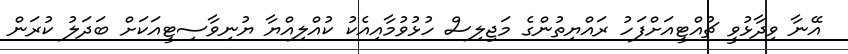
އޭނާ ވިދާޅުވީ ޗުއްޓީއަށްފަހު ރައްޔިތުންގެ މަޖިލިސް ހުޅުވުމާއިއެކު ކުއްލިއްޔާ ޔުނިވާސިޓީއަކަށް ބަދަލު ކުރަން